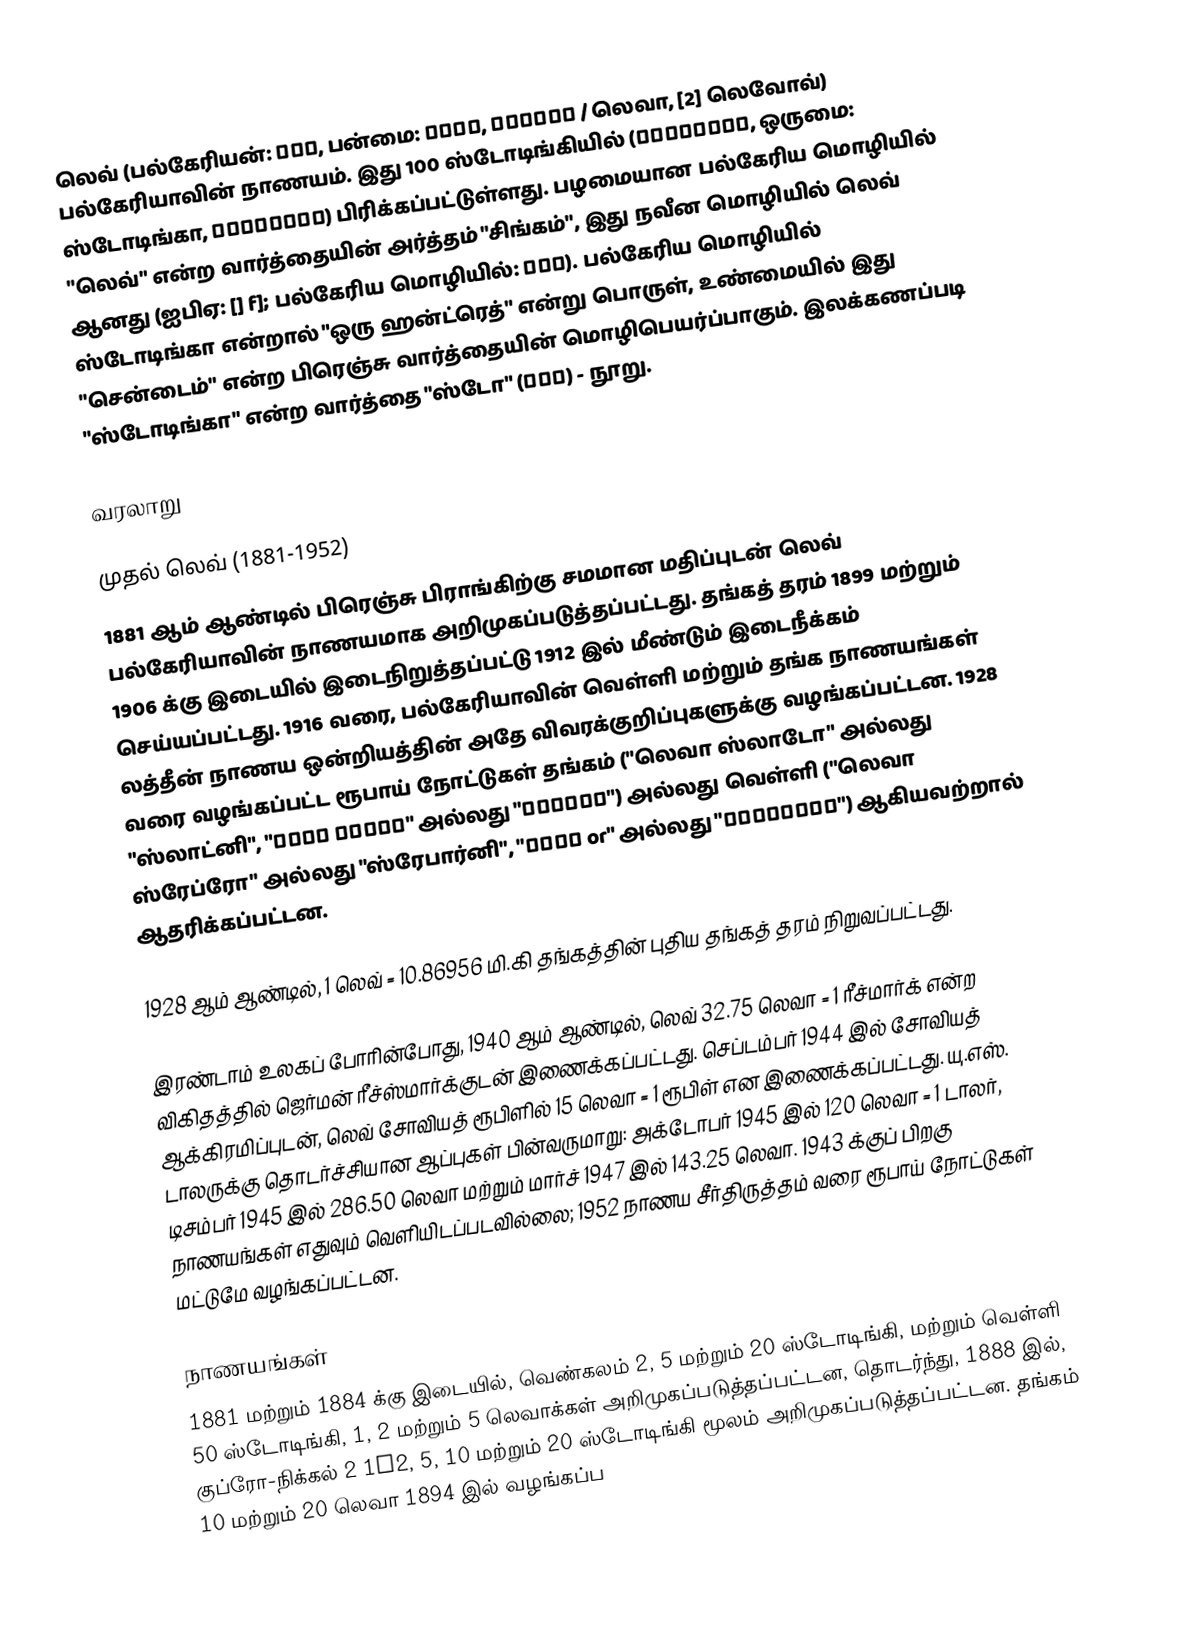
லெவ் (பல்கேரியன்: лев, பன்மை: лева, левове / லெவா, [2] லெவோவ்) பல்கேரியாவின் நாணயம். இது 100 ஸ்டோடிங்கியில் (стотинки, ஒருமை: ஸ்டோடிங்கா, стотинка) பிரிக்கப்பட்டுள்ளது. பழமையான பல்கேரிய மொழியில் "லெவ்" என்ற வார்த்தையின் அர்த்தம் "சிங்கம்", இது நவீன மொழியில் லெவ் ஆனது (ஐபிஏ: [] f]; பல்கேரிய மொழியில்: лъв). பல்கேரிய மொழியில் ஸ்டோடிங்கா என்றால் "ஒரு ஹன்ட்ரெத்" என்று பொருள், உண்மையில் இது "சென்டைம்" என்ற பிரெஞ்சு வார்த்தையின் மொழிபெயர்ப்பாகும். இலக்கணப்படி "ஸ்டோடிங்கா" என்ற வார்த்தை "ஸ்டோ" (сто) - நூறு.

வரலாறு

முதல் லெவ் (1881-1952)
1881 ஆம் ஆண்டில் பிரெஞ்சு பிராங்கிற்கு சமமான மதிப்புடன் லெவ் பல்கேரியாவின் நாணயமாக அறிமுகப்படுத்தப்பட்டது. தங்கத் தரம் 1899 மற்றும் 1906 க்கு இடையில் இடைநிறுத்தப்பட்டு 1912 இல் மீண்டும் இடைநீக்கம் செய்யப்பட்டது. 1916 வரை, பல்கேரியாவின் வெள்ளி மற்றும் தங்க நாணயங்கள் லத்தீன் நாணய ஒன்றியத்தின் அதே விவரக்குறிப்புகளுக்கு வழங்கப்பட்டன. 1928 வரை வழங்கப்பட்ட ரூபாய் நோட்டுகள் தங்கம் ("லெவா ஸ்லாடோ" அல்லது "ஸ்லாட்னி", "лева злато" அல்லது "златни") அல்லது வெள்ளி ("லெவா ஸ்ரேப்ரோ" அல்லது "ஸ்ரேபார்னி", "лева or" அல்லது "сребърни") ஆகியவற்றால் ஆதரிக்கப்பட்டன.

1928 ஆம் ஆண்டில், 1 லெவ் = 10.86956 மி.கி தங்கத்தின் புதிய தங்கத் தரம் நிறுவப்பட்டது.

இரண்டாம் உலகப் போரின்போது, 1940 ஆம் ஆண்டில், லெவ் 32.75 லெவா = 1 ரீச்மார்க் என்ற விகிதத்தில் ஜெர்மன் ரீச்ஸ்மார்க்குடன் இணைக்கப்பட்டது. செப்டம்பர் 1944 இல் சோவியத் ஆக்கிரமிப்புடன், லெவ் சோவியத் ரூபிளில் 15 லெவா = 1 ரூபிள் என இணைக்கப்பட்டது. யு.எஸ். டாலருக்கு தொடர்ச்சியான ஆப்புகள் பின்வருமாறு: அக்டோபர் 1945 இல் 120 லெவா = 1 டாலர், டிசம்பர் 1945 இல் 286.50 லெவா மற்றும் மார்ச் 1947 இல் 143.25 லெவா. 1943 க்குப் பிறகு நாணயங்கள் எதுவும் வெளியிடப்படவில்லை; 1952 நாணய சீர்திருத்தம் வரை ரூபாய் நோட்டுகள் மட்டுமே வழங்கப்பட்டன.

நாணயங்கள்
1881 மற்றும் 1884 க்கு இடையில், வெண்கலம் 2, 5 மற்றும் 20 ஸ்டோடிங்கி, மற்றும் வெள்ளி 50 ஸ்டோடிங்கி, 1, 2 மற்றும் 5 லெவாக்கள் அறிமுகப்படுத்தப்பட்டன, தொடர்ந்து, 1888 இல், குப்ரோ-நிக்கல் 2 1⁄2, 5, 10 மற்றும் 20 ஸ்டோடிங்கி மூலம் அறிமுகப்படுத்தப்பட்டன. தங்கம் 10 மற்றும் 20 லெவா 1894 இல் வழங்கப்ப